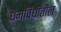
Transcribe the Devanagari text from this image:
धर्मविधींतील